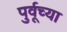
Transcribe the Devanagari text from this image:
पुर्वूच्या